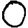
Digit: 0